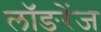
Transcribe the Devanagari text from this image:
लॉङरेंज